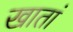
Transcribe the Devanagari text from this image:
खातां